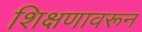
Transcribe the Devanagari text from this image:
शिक्षणावरून